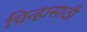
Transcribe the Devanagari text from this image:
चिन्हासाठी